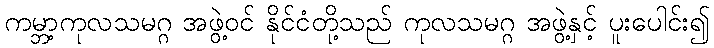
ကမ္ဘာ့ကုလသမဂ္ဂ အဖွဲ့ဝင် နိုင်ငံတို့သည် ကုလသမဂ္ဂ အဖွဲ့နှင့် ပူးပေါင်း၍